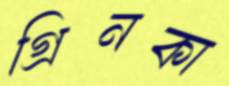
গ্রিনকা